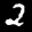
Label: 2